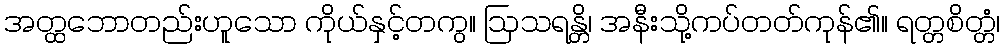
အတ္ထဘောတည်းဟူသော ကိုယ်နှင့်တကွ။ ဩသရန္တိ၊ အနီးသို့ကပ်တတ်ကုန်၏။ ရတ္တစိတ္တံ၊